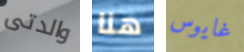
والدتى هنا غايوس